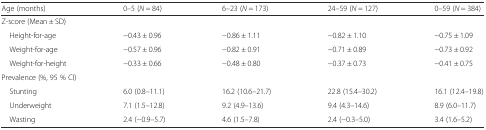
| Age (months) | 0–5 (N = 84) | 6–23 (N = 173) | 24–59 (N = 127) | 0–59 (N = 384) |
 | --- | --- | --- | --- | --- |
 | <COLSPAN=5> Z-score (Mean ± SD) |
 | Height-for-age | −0.43 ± 0.96 | −0.86 ± 1.11 | −0.82 ± 1.10 | −0.75 ± 1.09 |
 | Weight-for-age | −0.57 ± 0.96 | −0.82 ± 0.91 | −0.71 ± 0.89 | −0.73 ± 0.92 |
 | Weight-for-height | −0.33 ± 0.66 | −0.48 ± 0.80 | −0.37 ± 0.73 | −0.41 ± 0.75 |
 | <COLSPAN=5> Prevalence (%, 95 % CI) |
 | Stunting | 6.0 (0.8–11.1) | 16.2 (10.6–21.7) | 22.8 (15.4–30.2) | 16.1 (12.4–19.8) |
 | Underweight | 7.1 (1.5–12.8) | 9.2 (4.9–13.6) | 9.4 (4.3–14.6) | 8.9 (6.0–11.7) |
 | Wasting | 2.4 (−0.9–5.7) | 4.6 (1.5–7.8) | 2.4 (−0.3–5.0) | 3.4 (1.6–5.2) |